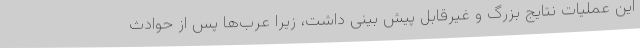
این عملیات نتایج بزرگ و غیرقابل پیش بینی داشت، زیرا عرب‌ها پس از حوادث